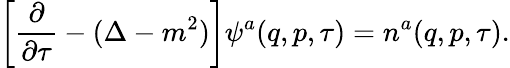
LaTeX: \left[\frac{\partial}{\partial\tau}-(\Delta-m^{2})\right]\psi^{a}(q,p,\tau)=n^{a}(q,p,\tau).